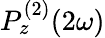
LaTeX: P_{z}^{(2)}(2\omega)